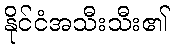
နိုင်ငံအသီးသီး၏